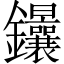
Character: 𨰴